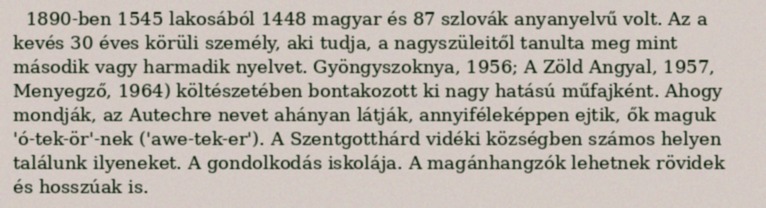
1890-ben 1545 lakosából 1448 magyar és 87 szlovák anyanyelvű volt. Az a kevés 30 éves körüli személy, aki tudja, a nagyszüleitől tanulta meg mint második vagy harmadik nyelvet. Gyöngyszoknya, 1956; A Zöld Angyal, 1957, Menyegző, 1964) költészetében bontakozott ki nagy hatású műfajként. Ahogy mondják, az Autechre nevet ahányan látják, annyiféleképpen ejtik, ők maguk 'ó-tek-ör'-nek ('awe-tek-er'). A Szentgotthárd vidéki községben számos helyen találunk ilyeneket. A gondolkodás iskolája. A magánhangzók lehetnek rövidek és hosszúak is.